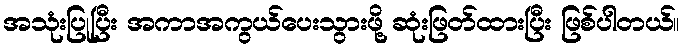
အသုံးပြုပြီး အကာအကွယ်ပေးသွားဖို့ ဆုံးဖြတ်ထားပြီး ဖြစ်ပါတယ်။